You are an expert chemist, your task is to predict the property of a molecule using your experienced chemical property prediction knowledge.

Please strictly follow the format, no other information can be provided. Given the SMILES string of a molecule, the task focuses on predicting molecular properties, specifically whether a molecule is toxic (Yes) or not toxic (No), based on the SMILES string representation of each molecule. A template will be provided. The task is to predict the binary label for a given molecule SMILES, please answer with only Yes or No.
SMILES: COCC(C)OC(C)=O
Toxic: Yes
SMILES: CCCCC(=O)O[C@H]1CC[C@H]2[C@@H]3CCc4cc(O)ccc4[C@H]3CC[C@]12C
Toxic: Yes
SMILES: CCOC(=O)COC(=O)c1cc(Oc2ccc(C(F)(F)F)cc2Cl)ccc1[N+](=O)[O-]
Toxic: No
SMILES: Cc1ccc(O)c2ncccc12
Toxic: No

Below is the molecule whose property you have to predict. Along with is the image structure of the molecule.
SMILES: COc1cccc2c1C(=O)c1c(O)c3c(c(O)c1C2=O)C[C@@](O)(C(C)=O)C[C@@H]3O[C@H]1C[C@H](N)[C@H](O)[C@H](C)O1
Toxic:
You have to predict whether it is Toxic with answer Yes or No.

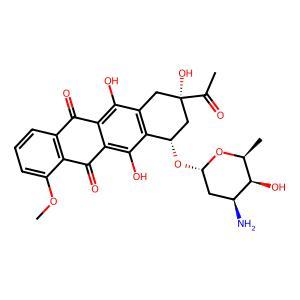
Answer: No